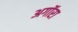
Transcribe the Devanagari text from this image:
अगॉरा